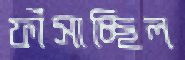
ফাঁসাচ্ছিল